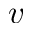
v